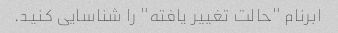
ابرنام "حالت تغییر یافته" را شناسایی کنید.